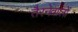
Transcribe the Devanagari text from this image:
तैरनेवालों